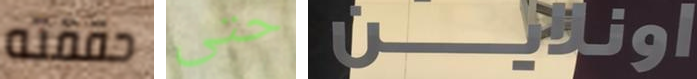
حققته حتى اونلاين